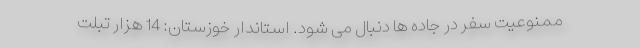
ممنوعیت سفر در جاده ها دنبال می شود. استاندار خوزستان: 14 هزار تبلت